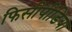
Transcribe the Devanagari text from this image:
फिसीपीडिया